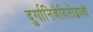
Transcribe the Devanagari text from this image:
दुर्गानिवेदितोद्भावो